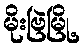
မိုးဗြဲမြို့